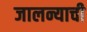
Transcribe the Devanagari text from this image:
जालन्याची